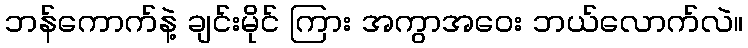
ဘန်ကောက်နဲ့ ချင်းမိုင် ကြား အကွာအဝေး ဘယ်လောက်လဲ။